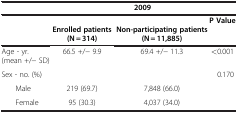
| <COLSPAN=2>  | <COLSPAN=3> 2009 |
 | <COLSPAN=2>  | Enrolled patients (N = 314) | Non-participating patients (N = 11,885) | P Value |
 | --- | --- | --- | --- | --- |
 | <COLSPAN=2> Age - yr. (mean +/− SD) | 66.5 +/− 9.9 | 69.4 +/− 11.3 | <0.001 |
 | <COLSPAN=2> Sex - no. (%) |  |  | 0.170 |
 |  | Male | 219 (69.7) | 7,848 (66.0) |  |
 |  | Female | 95 (30.3) | 4,037 (34.0) |  |